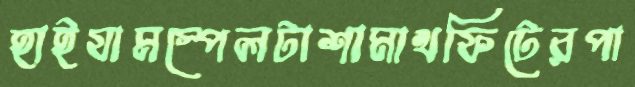
হাইযামস্পেলটাশামাখফিটেরপা